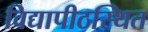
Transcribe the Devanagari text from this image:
विद्यापीठस्थित